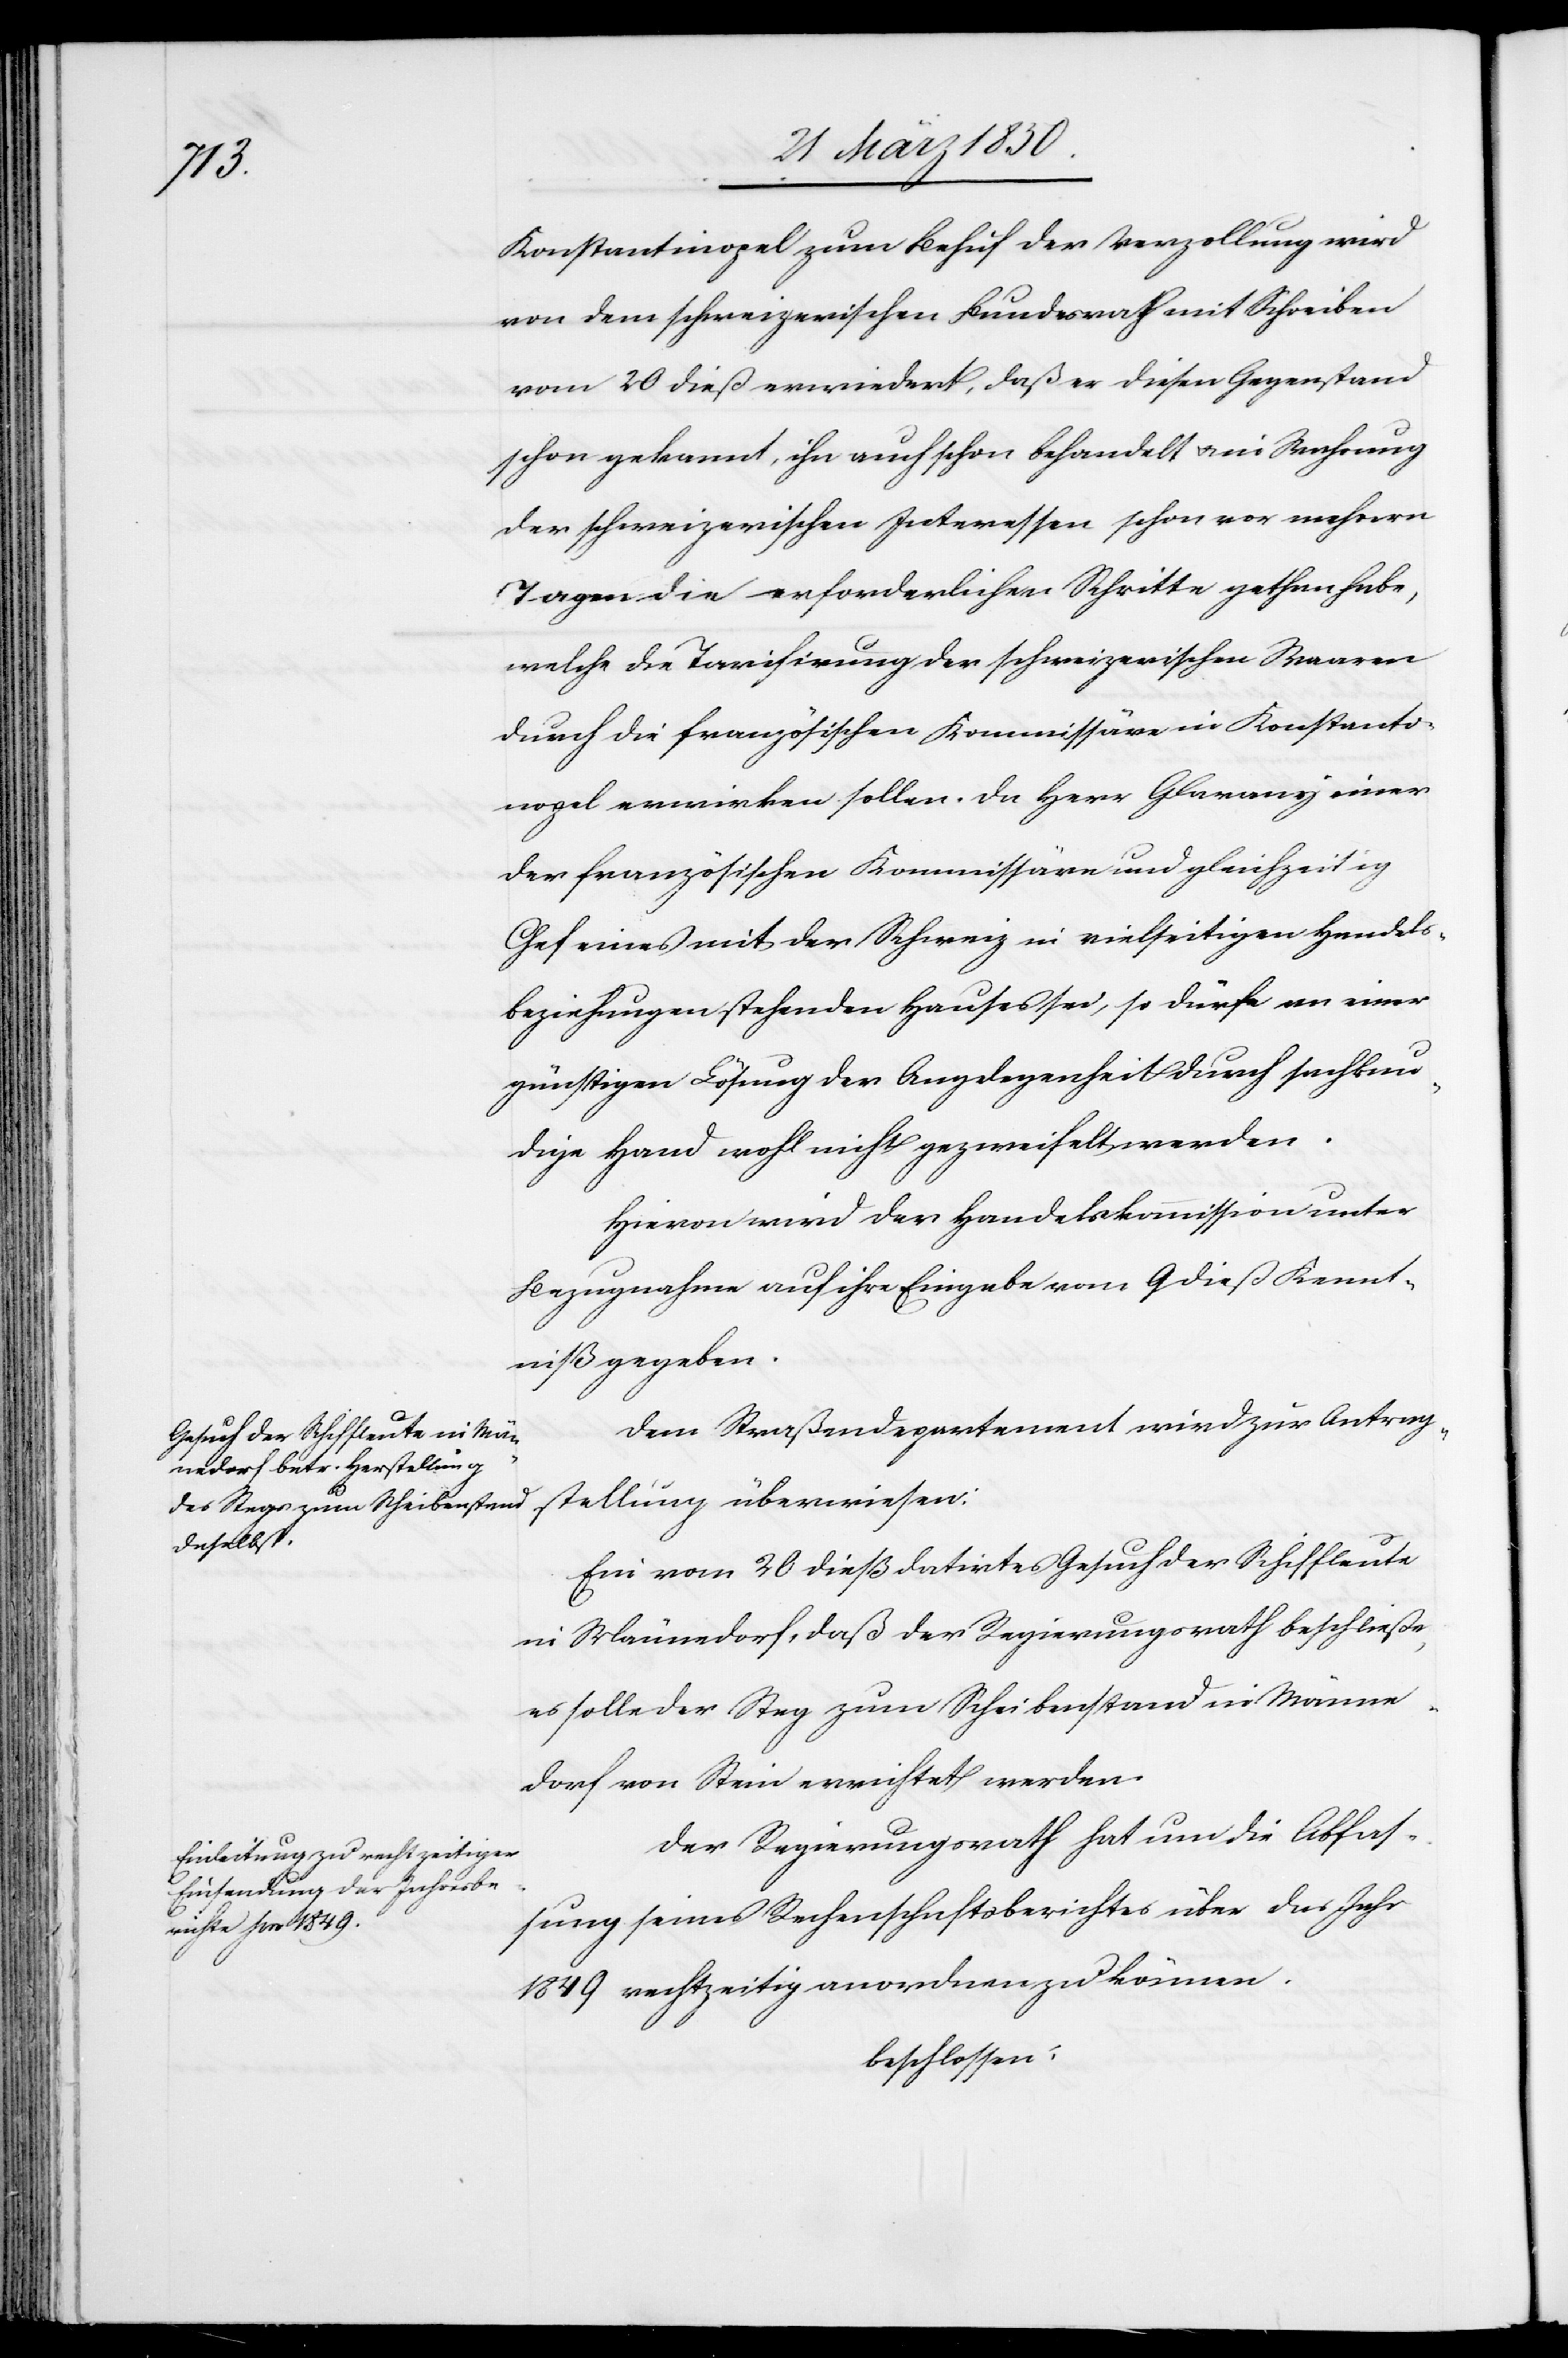
Konstantinopel zum Behuf der Verzollung wird
von dem schweizerischen Bundesrath mit Schreiben
vom 20 dieß erwiedert, daß er diesen Gegenstand
schon gekannt, ihn auch schon behandelt u. in Wahrung
der schweizerischen Interessen schon vor mehrern
Tagen die erforderlichen Schritte gethan habe,
welche die Tarifirung der schweizerischen Waaren
durch die französischen Kommissäre in Konstanti¬
nopel erwirken sollen. Da Herr Glarany einer
der französischen Kommissäre und gleichzeitig
Chef eines mit der Schweiz in vielseitigen Handels¬
beziehungen stehenden Hauses sei, so dürfe an einer
günstigen Lösung der Angelegenheit durch sachkun¬
dige Hand wohl nicht gezweifelt werden.
Hievon wird der Handelskommission unter
Bezugnahme auf ihre Eingabe vom 9 dieß Kennt¬
niß gegeben.
Dem Straßendepartement wird zur Antrag¬
stellung überwiesen:
Ein vom 28 dieß datirtes Gesuch der Schiffleute
in Männedorf, daß der Regierungsrath beschließe,
es solle der Steg zum Scheibenstand in Männe¬
dorf von Stein errichtet werden.
Der Regierungsrath hat um die Abfas¬
sung seines Rechenschaftsberichtes über das Jahr
1849 rechtzeitig anordnen zu können.
beschlossen: